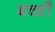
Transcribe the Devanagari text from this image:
बच्चौ़